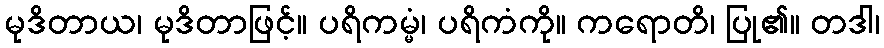
မုဒိတာယ၊ မုဒိတာဖြင့်။ ပရိကမ္မံ၊ ပရိကံကို။ ကရောတိ၊ ပြု၏။ တဒါ၊